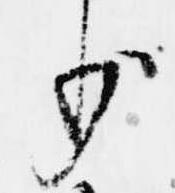
少